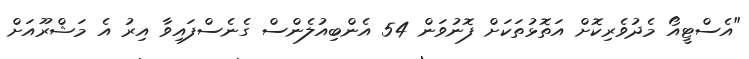
"އެސްޓީއޯ މެދުވެރިކޮށް އަތޮޅުތަކަށް ފޮނުވަން 54 އެންބިއުލެންސް ގެނެސްފައިވާ އިރު އެ މަޝްރޫއަށް